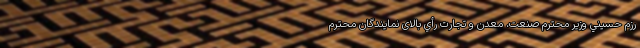
رزم حسيني وزير محترم صنعت، معدن و تجارت رأي بالای نمايندگان محترم